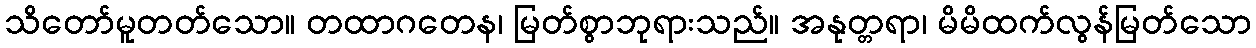
သိတော်မူတတ်သော။ တထာဂတေန၊ မြတ်စွာဘုရားသည်။ အနုတ္တရာ၊ မိမိထက်လွန်မြတ်သော